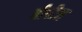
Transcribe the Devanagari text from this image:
बीपीन